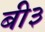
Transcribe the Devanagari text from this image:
बी३